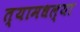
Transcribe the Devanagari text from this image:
त्यामधल्या